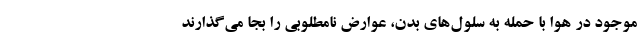
موجود در هوا با حمله به سلول‌های بدن، عوارض نامطلوبی را بجا می‌گذارند